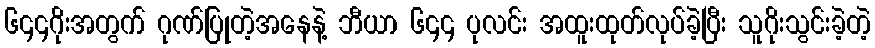
၆၄၄ဂိုးအတွက် ဂုဏ်ပြုတဲ့အနေနဲ့ ဘီယာ ၆၄၄ ပုလင်း အထူးထုတ်လုပ်ခဲ့ပြီး သူဂိုးသွင်းခဲ့တဲ့